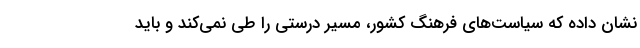
نشان داده که سیاست‌های فرهنگ کشور، مسیر درستی را طی نمی‌کند و باید